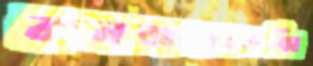
কনজারভেন্সি